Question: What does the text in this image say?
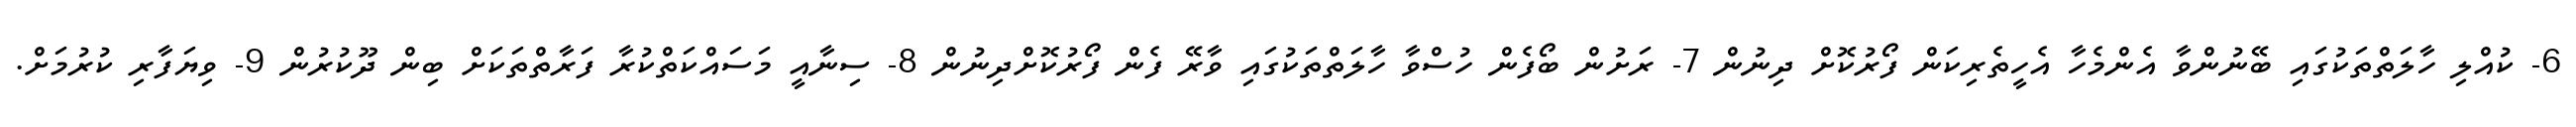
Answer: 6- ކުއްލި ހާލަތްތަކުގައި ބޭނުންވާ އެންމެހާ އެހީތެރިކަން ފޯރުކޮށް ދިނުން 7- ރަށުން ބޯފެން ހުސްވާ ހާލަތްތަކުގައި ވާރޭ ފެން ފޯރުކޮށްދިނުން 8- ސިނާއީ މަސައްކަތްކުރާ ފަރާތްތަކަށް ބިން ދޫކުރުން 9- ވިޔަފާރި ކުރުމަށް.